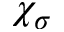
\chi _ { \sigma }